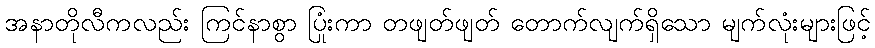
အနာတိုလီကလည်း ကြင်နာစွာ ပြုံးကာ တဖျတ်ဖျတ် တောက်လျက်ရှိသော မျက်လုံးများဖြင့်